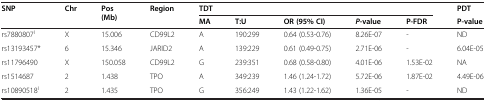
<table><thead><tr><td rowspan="2"><b>SNP</b></td><td rowspan="2"><b>Chr</b></td><td rowspan="2"><b>Pos (Mb)</b></td><td rowspan="2"><b>Region</b></td><td colspan="5"><b>TDT</b></td><td><b>PDT</b></td></tr><tr><td><b>MA</b></td><td><b>T:U</b></td><td><b>OR (95% CI)</b></td><td><b><i>P</i>-value</b></td><td><b>P-FDR</b></td><td><b>P-value</b></td></tr></thead><tbody><tr><td>rs7880807<sup>I</sup></td><td>X</td><td>15.006</td><td>CD99L2</td><td>A</td><td>190:299</td><td>0.64 (0.53-0.76)</td><td>8.26E-07</td><td>-</td><td>ND</td></tr><tr><td>rs13193457*</td><td>6</td><td>15.346</td><td>JARID2</td><td>A</td><td>139:229</td><td>0.61 (0.49-0.75)</td><td>2.71E-06</td><td>-</td><td>6.04E-05</td></tr><tr><td>rs11796490</td><td>X</td><td>150.058</td><td>CD99L2</td><td>G</td><td>239:351</td><td>0.68 (0.58-0.80)</td><td>4.01E-06</td><td>1.53E-02</td><td>NA</td></tr><tr><td>rs1514687</td><td>2</td><td>1.438</td><td>TPO</td><td>A</td><td>349:239</td><td>1.46 (1.24-1.72)</td><td>5.72E-06</td><td>1.87E-02</td><td>4.49E-06</td></tr><tr><td>rs10890518<sup>I</sup></td><td>2</td><td>1.435</td><td>TPO</td><td>G</td><td>356:249</td><td>1.43 (1.22-1.62)</td><td>1.36E-05</td><td>-</td><td>ND</td></tr></tbody></table>